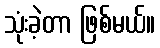
သုံးခဲ့တာ ဖြစ်မယ်။